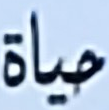
حياة